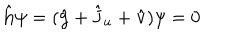
\hat { \bf h } \psi = ( \hat { \bf g } + \hat { \bf J } _ { u } + \hat { \bf v } ) \psi = 0